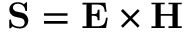
\mathbf { S } = \mathbf { E } \times \mathbf { H }